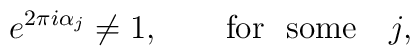
e^{2\pi i \alpha_j} \neq 1, \qquad {\rm for~~some} \quad j,